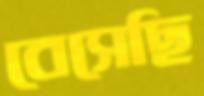
বেসেছি